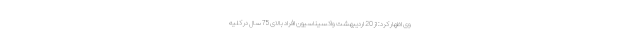
وی اظهار کرد: از 20 اردیبهشت واکسیناسیون افراد بالای 75 سال در کلیه